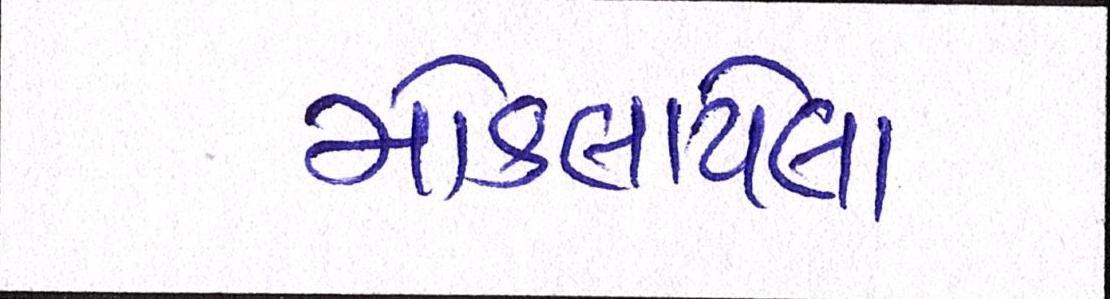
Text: મોકલાયેલા